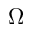
\Omega